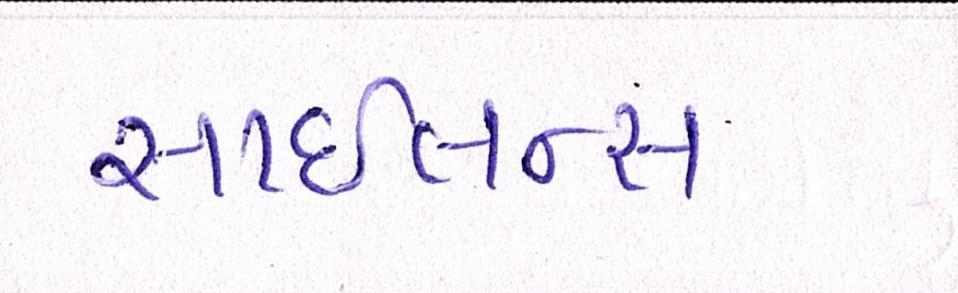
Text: સાઇલન્ટ